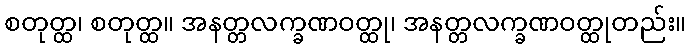
စတုတ္ထ၊ စတုတ္ထ။ အနတ္တလက္ခဏဝတ္ထု၊ အနတ္တလက္ခဏဝတ္ထုတည်း။